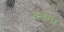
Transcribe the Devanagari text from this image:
बतंगर